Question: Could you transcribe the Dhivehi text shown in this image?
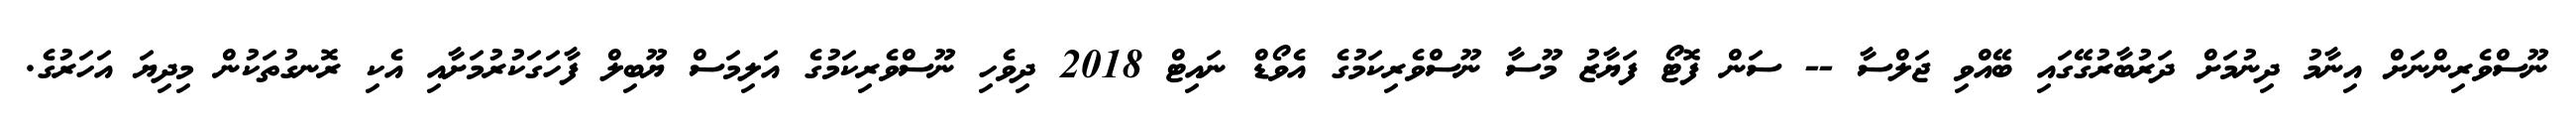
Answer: ނޫސްވެރިންނަށް އިނާމު ދިނުމަށް ދަރުބާރުގޭގައި ބޭއްވި ޖަލްސާ -- ސަން ފޮޓޯ ފަޔާޒު މޫސާ ނޫސްވެރިކަމުގެ އެވޯޑް ނައިޓް 2018 ދިވެހި ނޫސްވެރިކަމުގެ އަލިމަސް ޔޫބިލް ފާހަގަކުރުމަށާއި އެކި ރޮނގުތަކުން މިދިޔަ އަހަރުގެ.